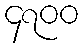
၄၇၀၀